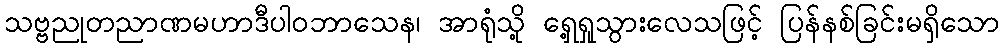
သဗ္ဗညုတညာဏမဟာဒီပါဝဘာသေန၊ အာရုံသို့ ရှေ့ရှုသွားလေသဖြင့် ပြန်နစ်ခြင်းမရှိသော